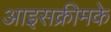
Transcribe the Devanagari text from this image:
आइसक्रीमके